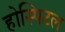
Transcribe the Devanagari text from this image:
होस्पिटल